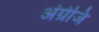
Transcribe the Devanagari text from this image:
अंग्रेजि